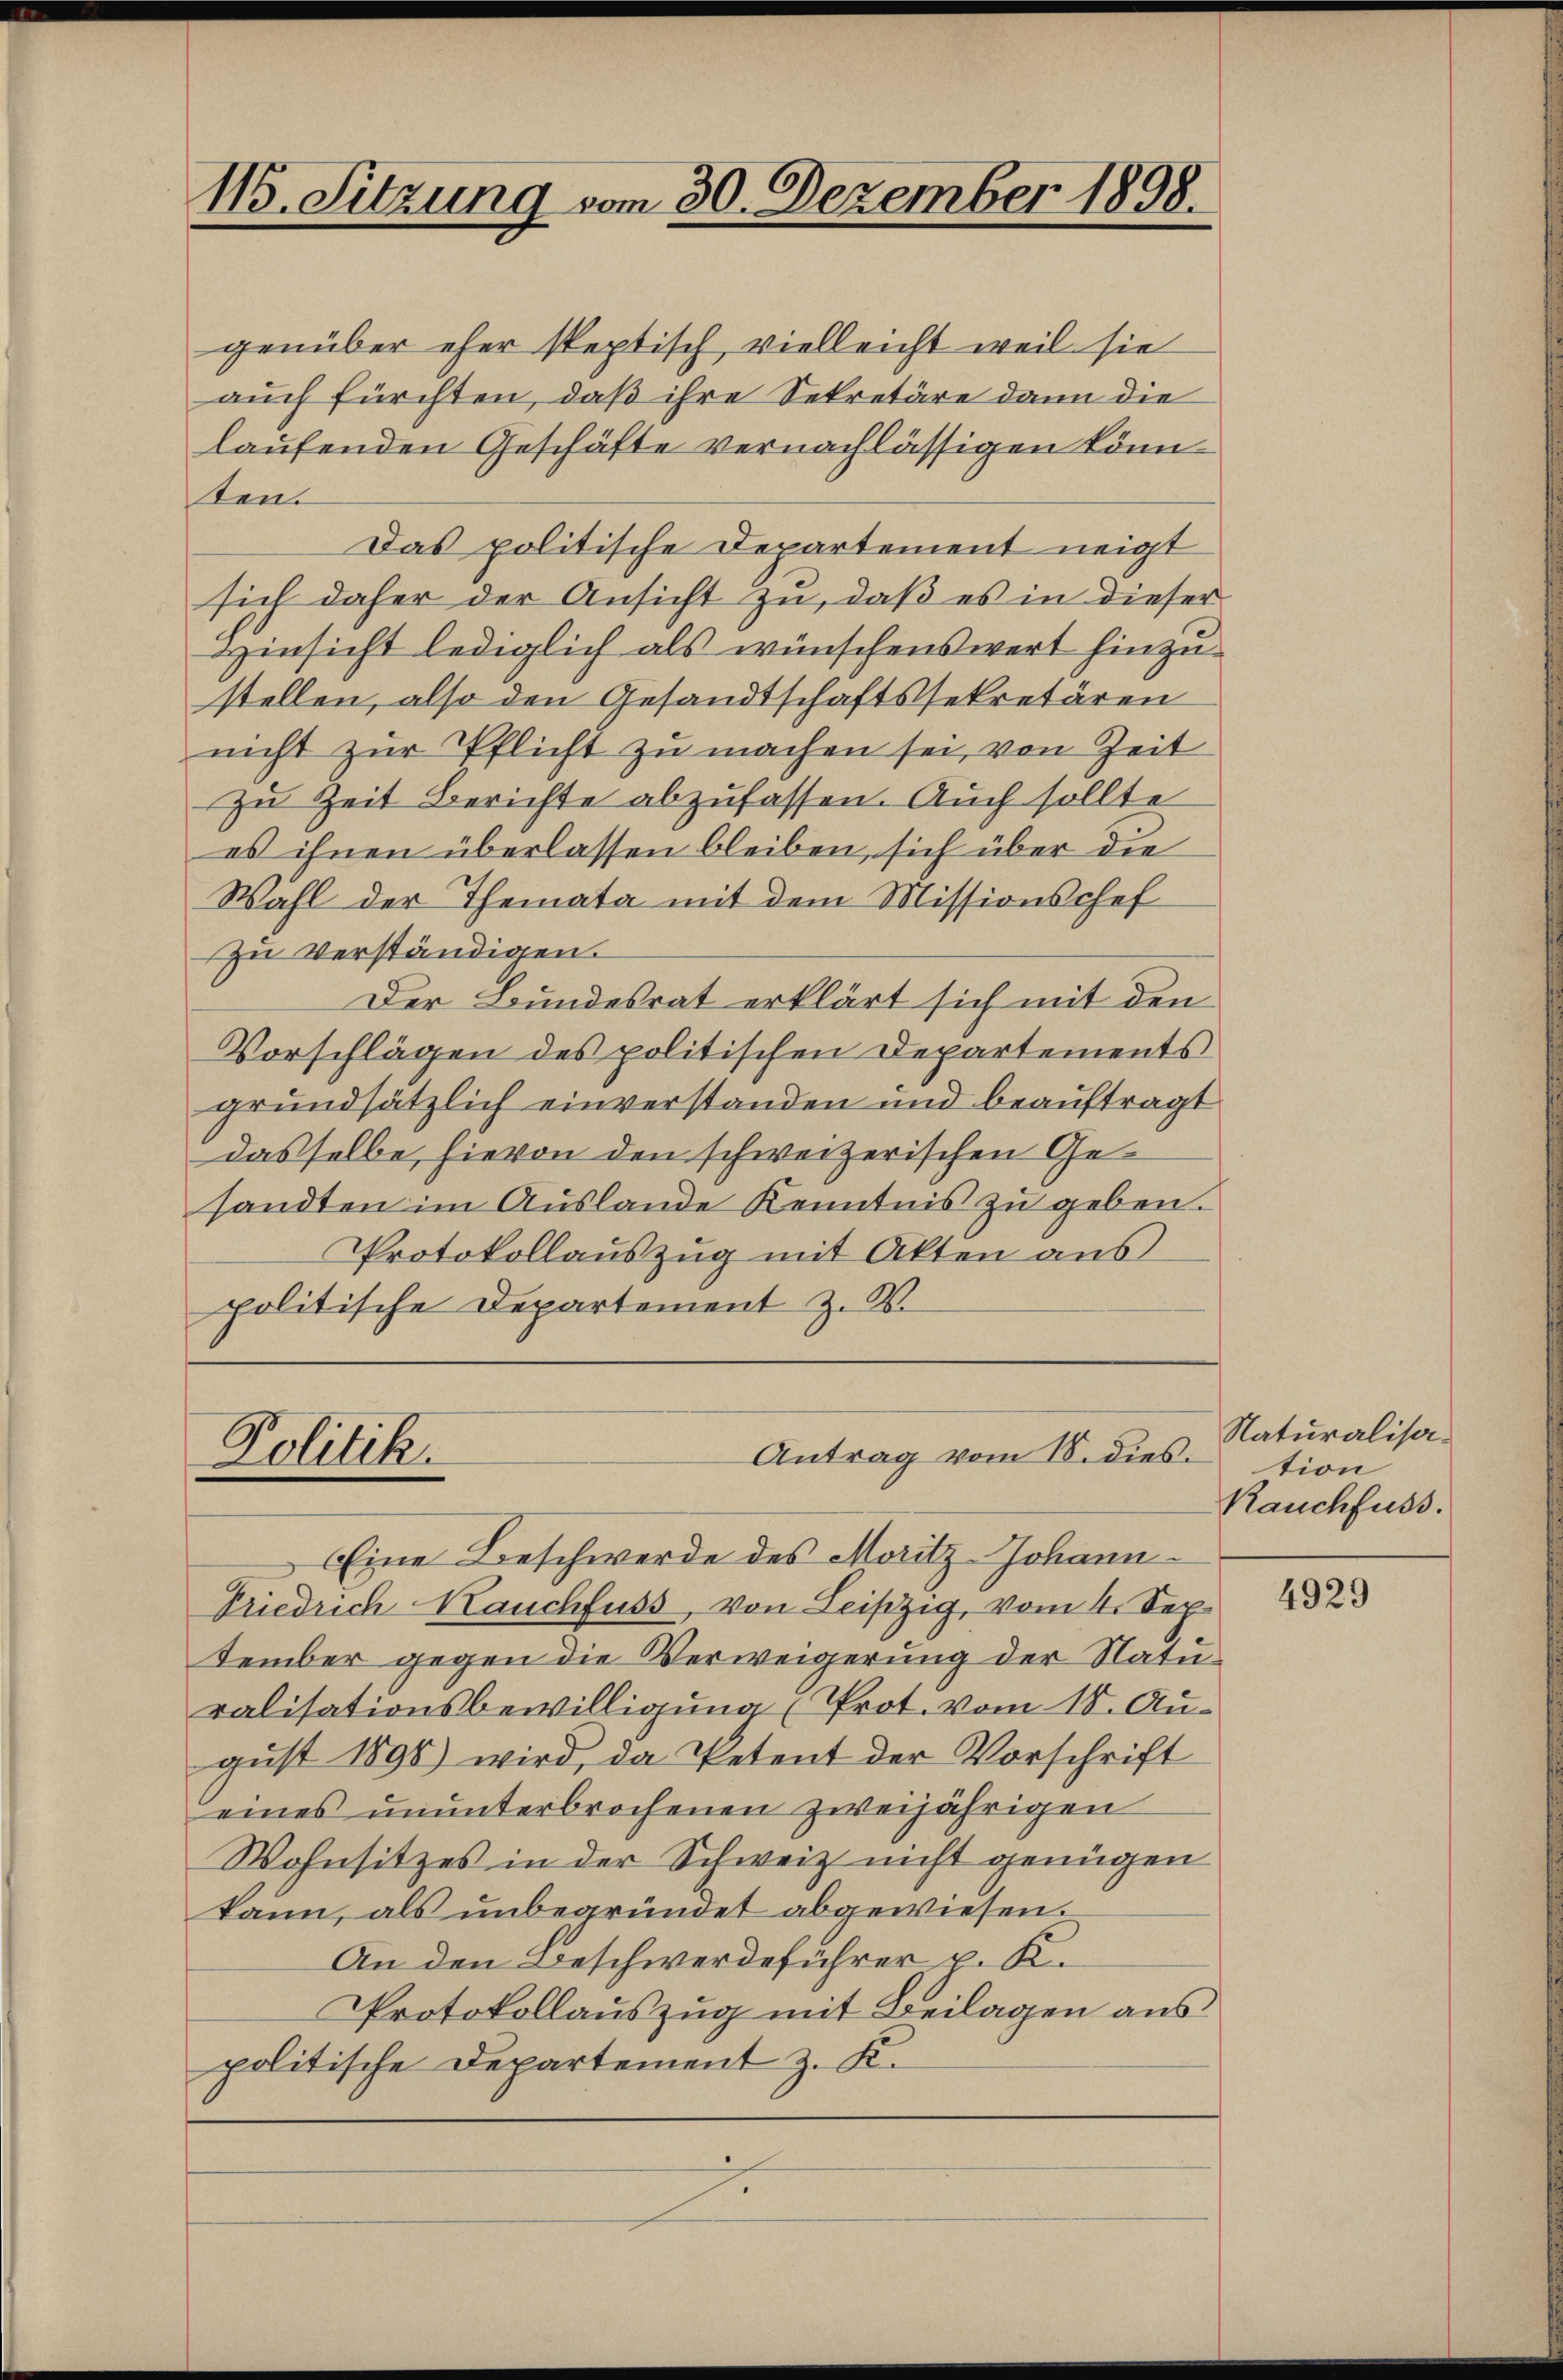
115. Sitzung vom 30. Dezember 1898.

genüber eher septisch vielleicht weil sie
auch fürchten, daß ihre Sekretäre dann die
laufenden Geschäfte vernachlässigen könnten.
Das politische Departement neigt
sich daher der Ansicht zu, daß es in dieser
Hinsicht lediglich als wünschenswert hinzustellen, also den Gesandtschaftssekretären
nicht zur Pflicht zu machen sei, von Zeit
zu Zeit Berichte abzufassen. Auch sollte
es ihnen überlassen bleiben, sich über die
Wahl der Themata mit dem Missionschef
Zu verständigen.
Der Bundesrat erklärt sich mit den
Vorschlägen des politischen Departements
grundsätzlich einverstanden und beauftragt
dasselbe, hievon den schweizerischen Gesandten im Auslande Kenntnis zu geben.
Protokollauszug mit Akten aus
politische Departement z. B.

Politik.

Eine Beschwerde des Moritz-Johann
Friedrich auchfuss, von Leipzig, vom 4. Sep.
tember gegen die Verweigerung der Naturalisationsbewilligung (Prot. vom 18. Augŭst 1890 wird, da Petent der Vorschrift
eines ununterbrochenen zweijährigen
Wohnsitzes in der Schweiz nicht genügen
kann, als unbegründet abgewiesen.
An den Beschwerdeführer u. K.
Protokollauszug mit Beilagen aus
politische Departement z. K.

Antrag vom 18. dies

Naturalisation
Rauchfuss.

4929